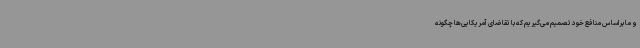
و ما براساس منافع خود تصمیم می‌گیریم که با تقاضای آمریکایی‌ها چگونه